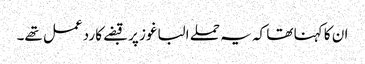
ان کا کہنا تھا کہ یہ حملے الباغوز پر قبضے کا ردعمل تھے۔